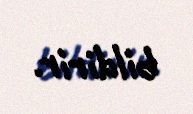
bildirir.